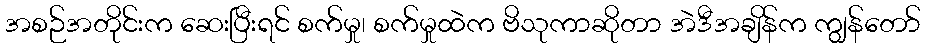
အစဉ်အတိုင်းက ဆေးပြီးရင် စက်မှု၊ စက်မှုထဲက ဗိသုကာဆိုတာ အဲဒီအချိန်က ကျွန်တော်